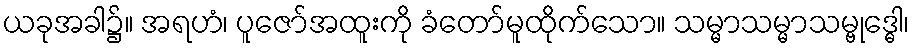
ယခုအခါ၌။ အရဟံ၊ ပူဇော်အထူးကို ခံတော်မူထိုက်သော။ သမ္မာသမ္မာသမ္ဗုဒ္ဓေါ၊